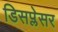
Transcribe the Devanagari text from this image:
डिसप्लेसर